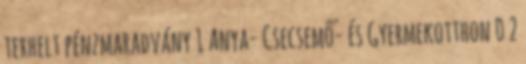
terhelt pénzmaradvány 1 Anya- Csecsemő- és Gyermekotthon 0 2